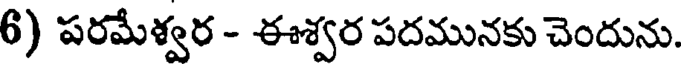
6) పరమేశ్వర - ఈశ్వర పదమునకు చెందును.